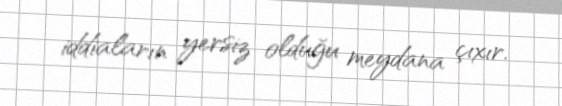
iddiaların yersiz olduğu meydana çıxır.